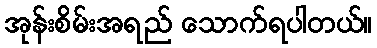
အုန်းစိမ်းအရည် သောက်ရပါတယ်။